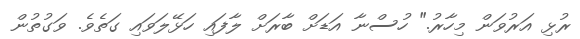
ރުޅި އަރުވަން މިހާރު." ހުސްނާ އަޑަށް ބާރަށް ލާފައި ހަޅޭލަވައި ގަތެވެ. ވަގުތުން